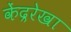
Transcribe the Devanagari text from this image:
केंद्ररेखा